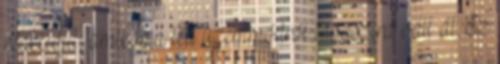
reakciója, amikor a téli üzemmódról tavaszira vált át. Ez